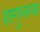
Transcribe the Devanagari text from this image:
हरंगुलला